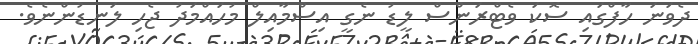
ދެވަނަ ހާފްގައި ސޮކަ ވެޓްރަންސް ލީޑު ނެގީ އިސްމާއިލް މުހައްމަދު ޖެހި ލަނޑުންނެވެ.